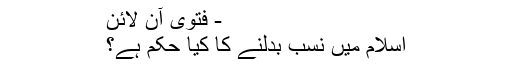
- فتویٰ آن لائن
اسلام میں نسب بدلنے کا کیا حکم ہے؟